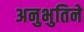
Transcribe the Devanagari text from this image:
अनुभुतिने